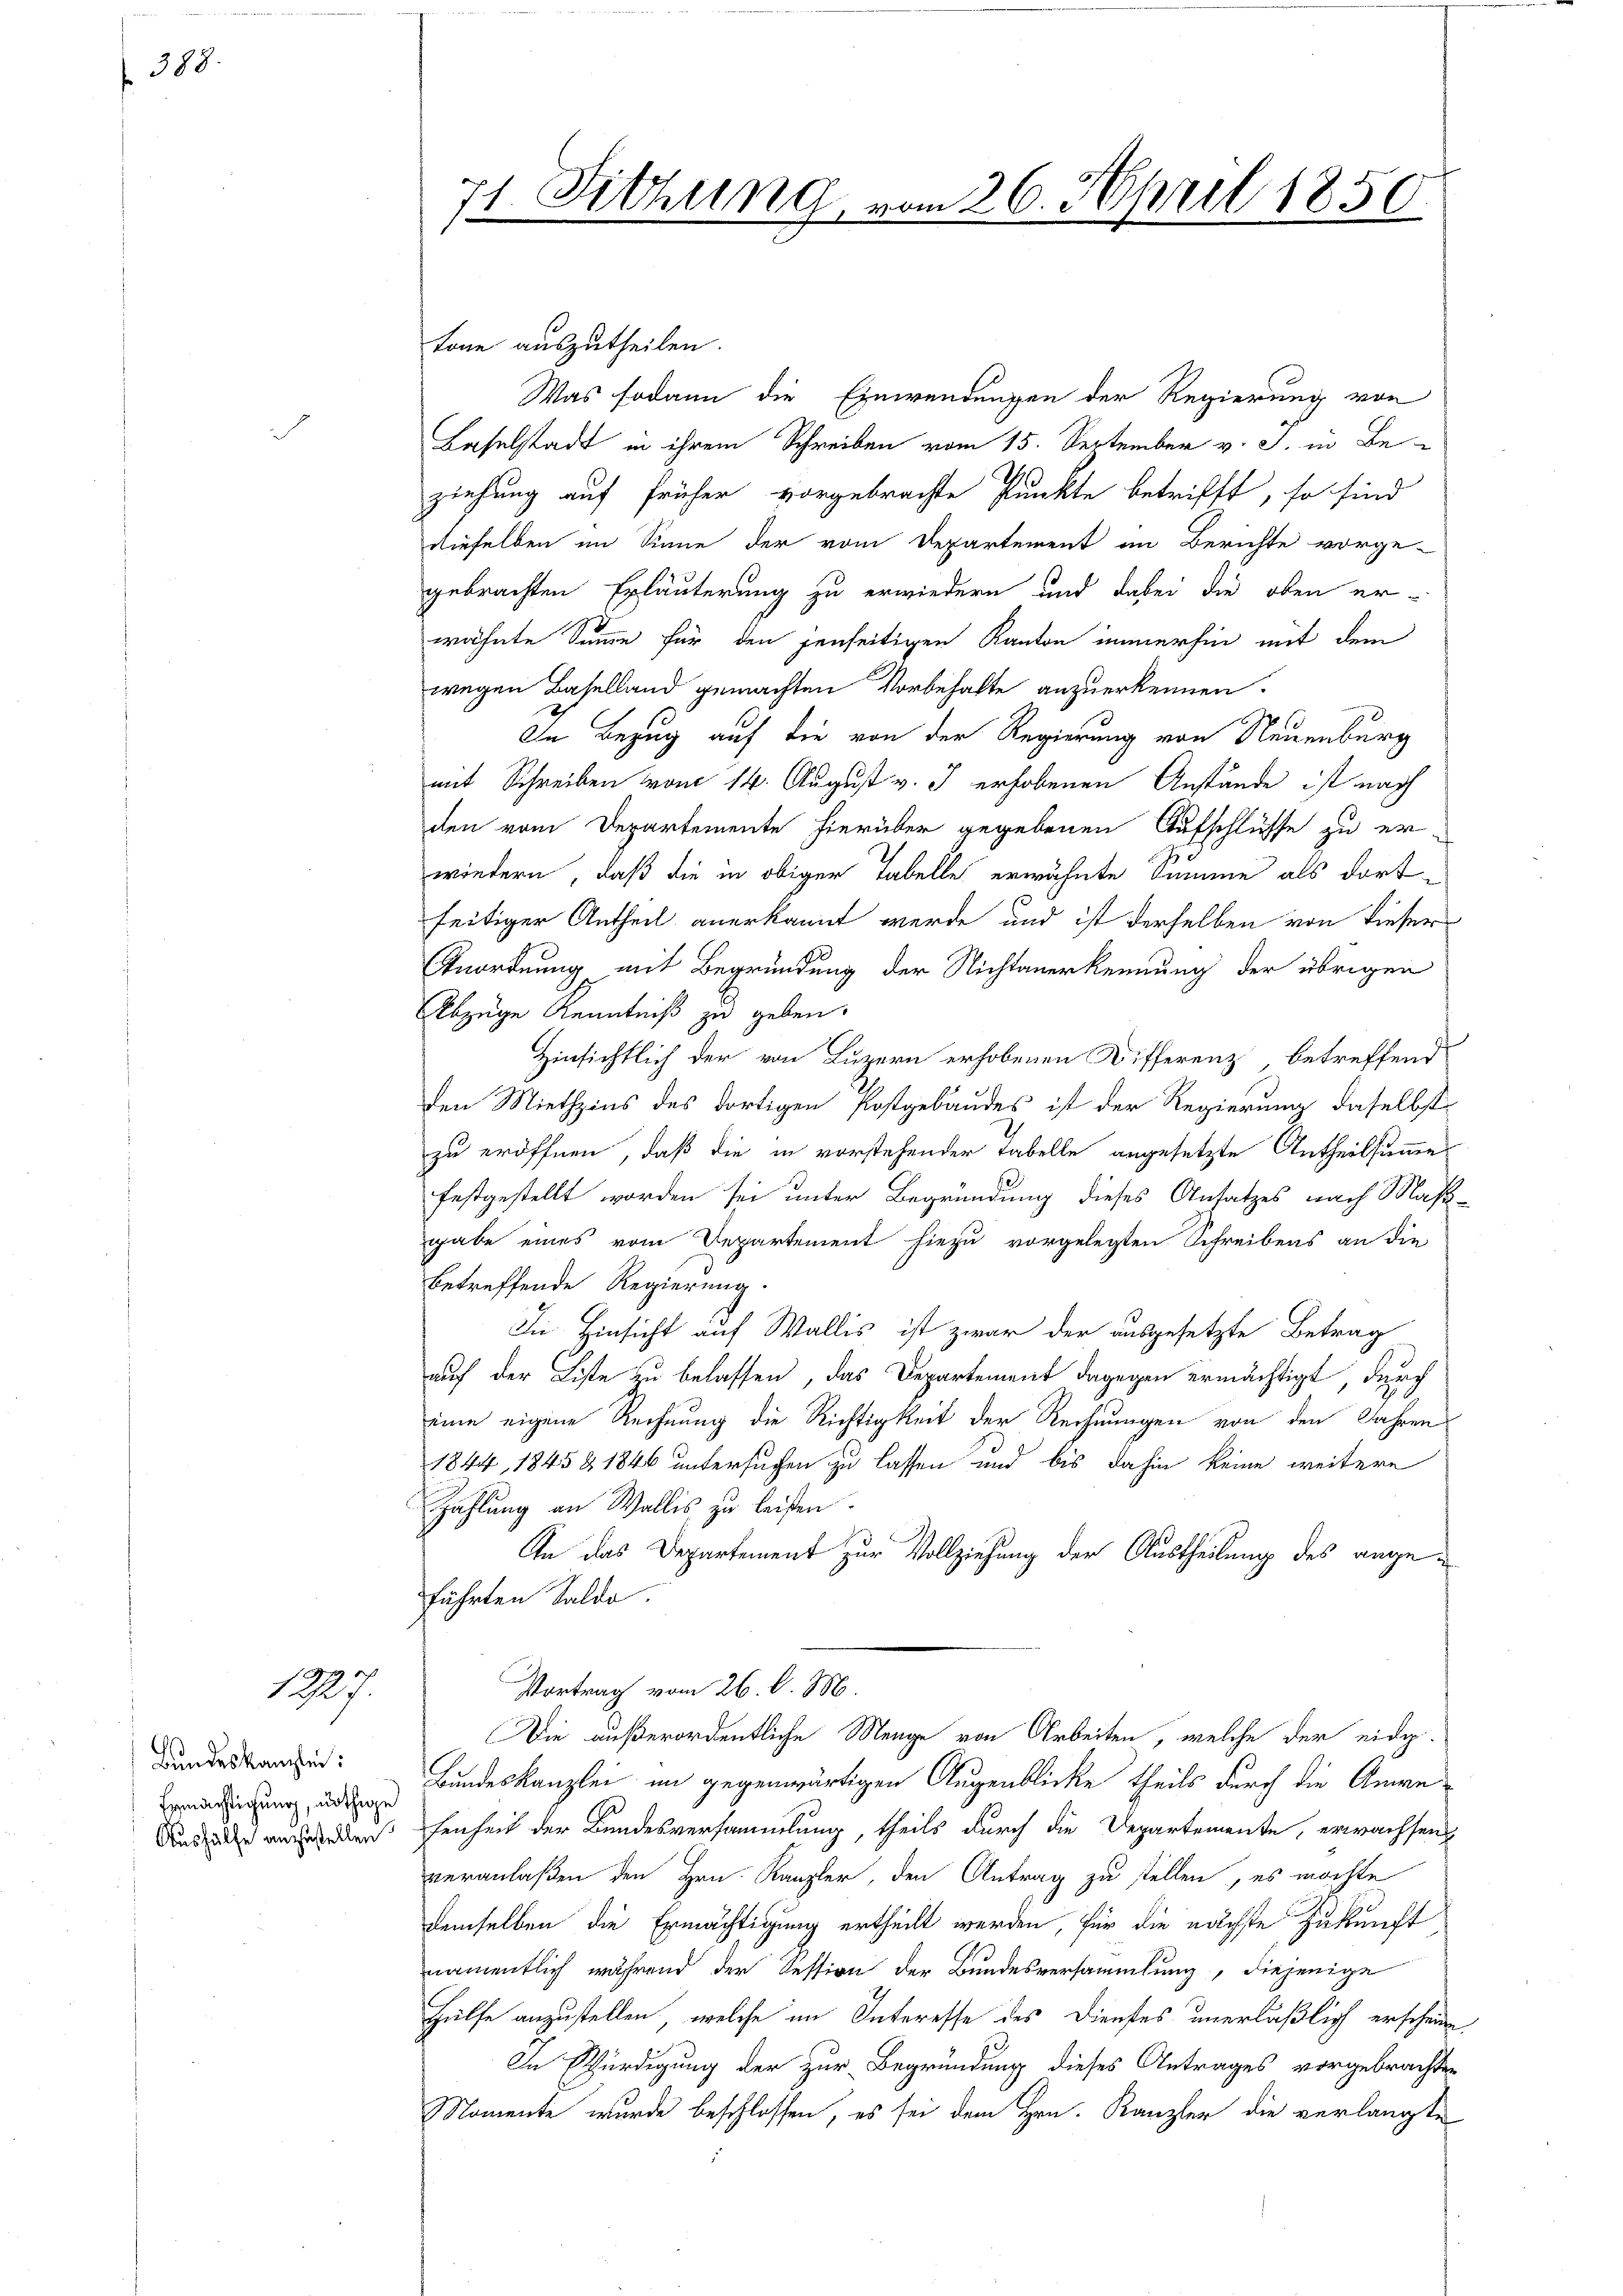
388.

1227.

Bundeskanzlei:
Ermächtigung, nöthige
Aushülfe anzustellen

71 Sitzung vom 26. April 1856
s

tone auszutheilen.
Was sodann die Einwendungen der Regierung von
Baselstadt in ihrem Schreiben vom 15. September v. J. in Beziehung auf früher vorgebrachte Punkte betrifft, so sind
dieselben im Sinne der vom Departement im Berichte vorge-
gebrachten Erläuterung zu erwiedern und dabei die oben er-
wähnte Summe für den jenseitigen Kanton immerhin mit dem
wegen Baselland gemachten Vorbehalte anzuerkennen.
In Bezug auf die von der Regierung von Neuenburg
mit Schreiben vom 14. August v. J. erhobenen Anstände ist nach
den vom Departemente hierüber gegebenen Aufschlüsse zu er
wiedern, daß die in obiger Tabelle erwähnte Summe als dort
seitiger Antheil anerkannt werde und ist derselben von dieser
Anordnung mit Begründung der Nichtanerkennung der übrigen
Abzüge Kenntniß zu geben.
Hinsichtlich der von Luzern erhobenen Differenz, betreffend
den Miethzins des dortigen Postgebäudes ist der Regierung daselbst
zu eröffnen, daß die in vorstehender Tabelle angesetzte Antheilsumme
festgestellt worden sei unter Begründung dieses Ansatzes nach Maßgabe eines vom Departement hiezu vorgelegten Schreibens an die
betreffende Regierung.
In Hinsicht auf Wallis ist zwar der ausgesetzte Betrag
auf der Liste zu belassen, das Departement dagegen ermächtigt, durch
eine eigene Rechnung die Richtigkeit der Rechnungen von den Jahren
1844, 1845 & 1846 untersuchen zu lassen und bis dahin keine weitere
Zahlung an Wallis zu leisten.
An das Departement zur Vollziehung der Austheilung des angeführten Saldo.
Vortrag vom 26. d. M.
Die außerordentliche Menge von Arbeiten, welche der eidg.
Bundeskanzlei im gegenwärtigen Augenblicke theils durch die Anwefenheit der Bundesversammlung, theils durch die Departemente, erwachsen
veranlaßen den Hrn. Kanzler, den Antrag zu stellen, es möchte
demselben die Ermächtigung ertheilt werden, für die nächste Zukunft
namentlich während der Tession der Bundesversammlung, diejenige
Hülfe anzustellen, welche im Interesse des Dienstes unerläßlich erscheine
In Würdigung der zur Begründung dieses Antrages vorgebrachten
Momente wurde beschlossen, es sei dem Hrn. Kanzler die verlangte